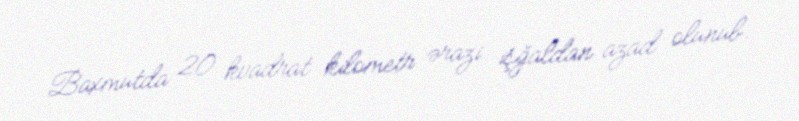
Baxmutda 20 kvadrat kilometr ərazi işğaldan azad olunub.